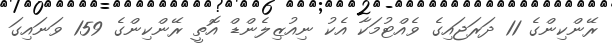
ރޭންކިންގެ 11 ދަރަޖައިގެ ވެއްޓުމަކާ އެކު ނިއުޒިލެންޑް އޮތީ ރޭންކިންގެ 159 ވަނައިގަ